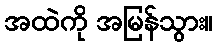
အထဲကို အမြန်သွား။